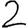
Digit: 2